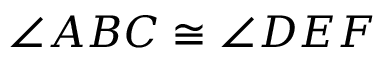
\angle A B C \cong \angle D E F